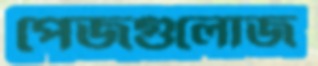
পেজগুলোজ